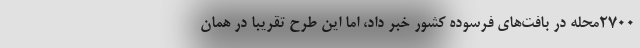
۲۷۰۰محله در بافت‌های فرسوده کشور خبر داد، اما این طرح تقریبا در همان